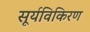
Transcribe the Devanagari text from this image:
सूर्यविकिरण